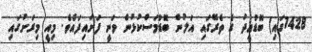
1428ގައި) ބޮޑުޢީދު ގެ ތެރޭގައި އަލުން ބޮޑުމަސްކުޅުން ވަނީ ފަށައިފައެވެ. މިއީ މިރަށުގައި